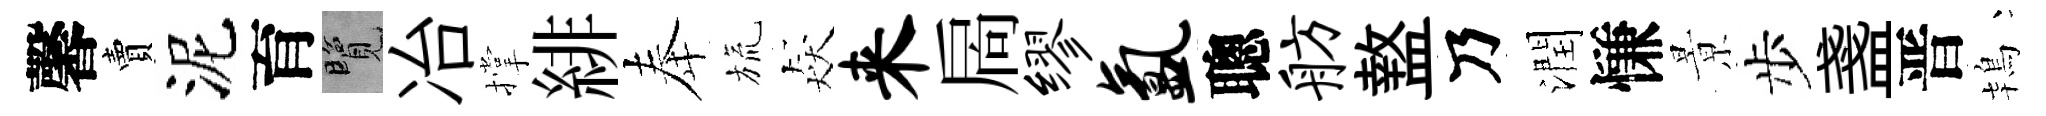
馨賣泥育覽冶撑緋奉旒猋来扄缪氲聰舫盩乃潤慊㬌步盞晋鴇